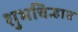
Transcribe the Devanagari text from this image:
शुभचिन्हात